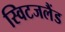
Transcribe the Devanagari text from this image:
स्विटजलैंड